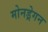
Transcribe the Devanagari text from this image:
मोनड्रेगन